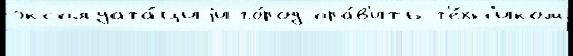
эксплуата́циjи го́род пра́в'ить т'е́хн'иком